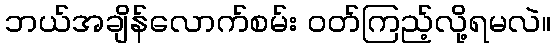
ဘယ်အချိန်လောက်စမ်း ဝတ်ကြည့်လို့ရမလဲ။